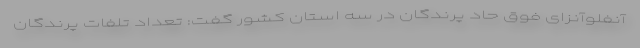
آنفلوآنزای فوق حاد پرندگان در سه استان کشور گفت: تعداد تلفات پرندگان